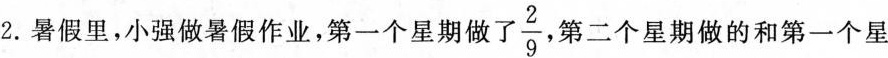
2.暑假里，小强做暑假作业，第一个星期做了\frac{2}{9}，第二个星期做的和第一个星